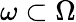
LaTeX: \omega\subset\Omega